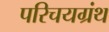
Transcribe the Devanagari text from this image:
परिचयग्रंथ